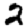
Digit: 2